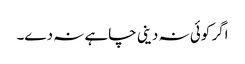
اگر کوئی نہ دینی چاہے نہ دے۔